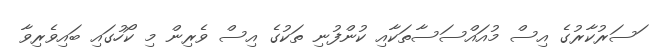
ަސަރުކާރުގެ އިސް މުއައްސަސާތަކާއި ކުންފުނި ތަކުގެ އިސް ވެރިން މި ކޯހުގައި ބައިވެރިވާ